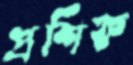
প্রশিক